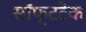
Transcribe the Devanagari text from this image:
सॉफ्टटेक